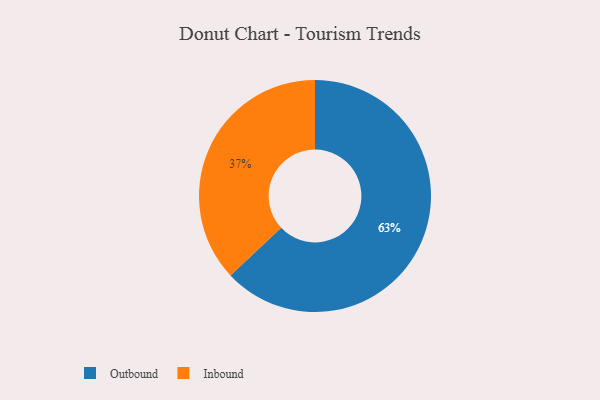
{"axis": {"x": "Category", "y": "Percentage"}, "legend": ["Inbound", "Outbound"], "data": [{"x": "Inbound", "y": 37, "type": "Inbound"}, {"x": "Outbound", "y": 63, "type": "Outbound"}]}